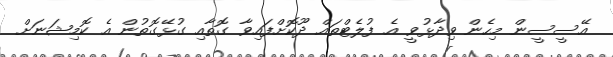
އޭސީސީން މިހެން ވިދާޅުވީ އެ ފުލެޓްތައް ދޫކޮށްފައިވާ ގޮތާއި ގުޅޭގޮތުން އެ ކޮމިޝަނަށް